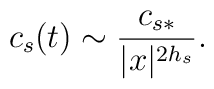
c_{s}(t)\sim \frac{c_{s*}}{|x|^{2h_{s}}}.